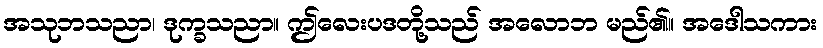
အသုဘသညာ၊ ဒုက္ခသညာ။ ဤလေးပဒတို့သည် အလောဘ မည်၏။ အဒေါသကား